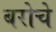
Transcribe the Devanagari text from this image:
बरोचे